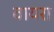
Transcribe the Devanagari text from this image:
वायरा